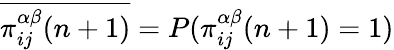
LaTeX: \overline{{\pi_{ij}^{\alpha\beta}(n+1)}}=P(\pi_{ij}^{\alpha\beta}(n+1)=1)